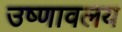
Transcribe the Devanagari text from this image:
उष्णावलय